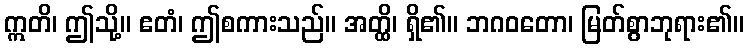
ဣတိ၊ ဤသို့။ ဧတံ၊ ဤစကားသည်။ အတ္ထိ၊ ရှိ၏။ ဘဂဝတော၊ မြတ်စွာဘုရား၏။